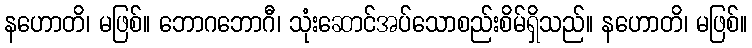
နဟောတိ၊ မဖြစ်။ ဘောဂဘောဂီ၊ သုံးဆောင်အပ်သောစည်းစိမ်ရှိသည်။ နဟောတိ၊ မဖြစ်။